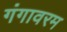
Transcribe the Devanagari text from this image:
गंगावरम